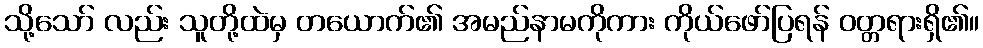
သို့သော် လည်း သူတို့ထဲမှ တယောက်၏ အမည်နာမကိုကား ကိုယ်ဖော်ပြရန် ဝတ္တရားရှိ၏။